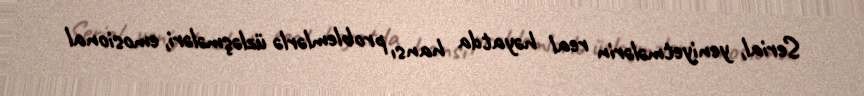
Serial, yeniyetmələrin real həyatda hansı problemlərlə üzləşmələri, emosional